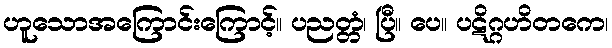
ဟူသောအကြောင်းကြောင့်။ ပညတ္တံ၊ ပြီ။ ပေ။ ပဋိဂ္ဂဟိတကေ၊